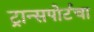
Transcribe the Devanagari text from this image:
ट्रान्सपोर्टचा